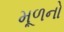
મૂળનો